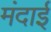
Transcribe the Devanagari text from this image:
मंदाई